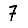
Digit: 7